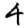
Digit: 4